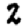
Digit: 2